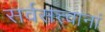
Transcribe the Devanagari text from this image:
सर्वसत्त्वानां